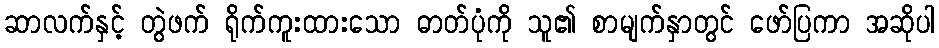
ဆာလက်နှင့် တွဲဖက် ရိုက်ကူးထားသော ဓာတ်ပုံကို သူ၏ စာမျက်နှာတွင် ဖော်ပြကာ အဆိုပါ